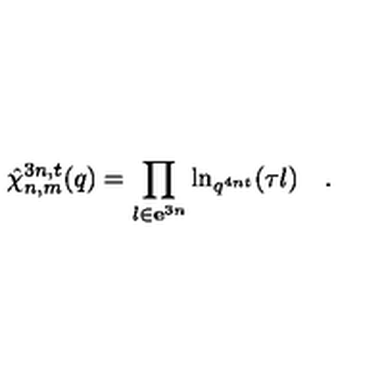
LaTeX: \hat { \chi } _ { n , m } ^ { 3 n , t } ( q ) = \prod _ { l \in { \bf e } ^ { 3 n } } \ln _ { q ^ { 4 n t } } ( \tau l ) \quad . \quad